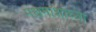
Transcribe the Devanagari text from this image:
मधमाशांच्या